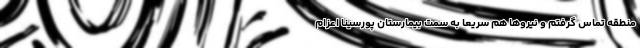
منطقه تماس گرفتم و نیروها هم سریعاً به سمت بیمارستان پورسینا اعزام